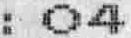
: 04